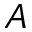
A